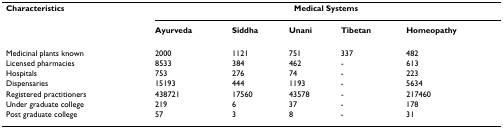
<table><thead><tr><td><b>Characteristics</b></td><td colspan="5"><b>Medical Systems</b></td></tr><tr><td></td><td><b>Ayurveda</b></td><td><b>Siddha</b></td><td><b>Unani</b></td><td><b>Tibetan</b></td><td><b>Homeopathy</b></td></tr></thead><tbody><tr><td>Medicinal plants known</td><td>2000</td><td>1121</td><td>751</td><td>337</td><td>482</td></tr><tr><td>Licensed pharmacies</td><td>8533</td><td>384</td><td>462</td><td>-</td><td>613</td></tr><tr><td>Hospitals</td><td>753</td><td>276</td><td>74</td><td>-</td><td>223</td></tr><tr><td>Dispensaries</td><td>15193</td><td>444</td><td>1193</td><td>-</td><td>5634</td></tr><tr><td>Registered practitioners</td><td>438721</td><td>17560</td><td>43578</td><td>-</td><td>217460</td></tr><tr><td>Under graduate college</td><td>219</td><td>6</td><td>37</td><td>-</td><td>178</td></tr><tr><td>Post graduate college</td><td>57</td><td>3</td><td>8</td><td>-</td><td>31</td></tr></tbody></table>